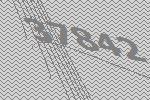
37842